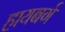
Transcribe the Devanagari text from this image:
हायबर्ग